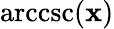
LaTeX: \operatorname{arccsc}(\mathbf{x})